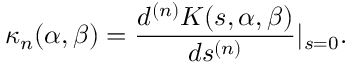
\kappa _ { n } ( \alpha , \beta ) = \frac { d ^ { ( n ) } K ( s , \alpha , \beta ) } { d s ^ { ( n ) } } | _ { s = 0 } .